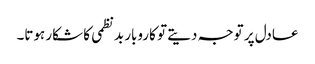
عادل پر توجہ دیتے تو کاروبار بدنظمی کا شکار ہوتا۔